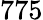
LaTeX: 775